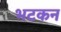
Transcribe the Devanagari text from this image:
भटकन